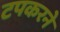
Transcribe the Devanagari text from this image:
टपकरने